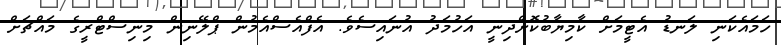
ހަމައެކަނި ލަނޑު އެޓީމަށް ކާމިޔާބުކޮށްދިނީ އަހުމަދު އުނައިސެވެ. އެފްއެސްއެމުން ޕްލޭނިން މިނިސްޓްރީގެ މައްޗަށް